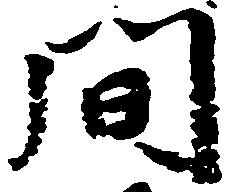
間